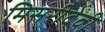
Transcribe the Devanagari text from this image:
मिसरीदेवी